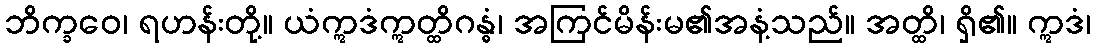
ဘိက္ခဝေ၊ ရဟန်းတို့။ ယံဣဒံဣတ္ထိဂန္ဓံ၊ အကြင်မိန်းမ၏အနံ့သည်။ အတ္ထိ၊ ရှိ၏။ ဣဒံ၊